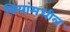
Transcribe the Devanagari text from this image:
बियांमधील